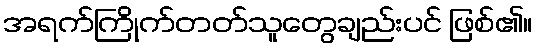
အရက်ကြိုက်တတ်သူတွေချည်းပင် ဖြစ်၏။